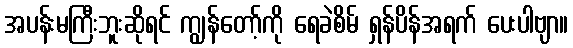
အပန်းမကြီးဘူးဆိုရင် ကျွန်တော့်ကို ရေခဲစိမ် ရှန်ပိန်အရက် ပေးပါဗျာ။